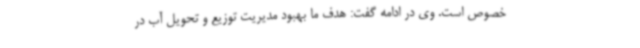
خصوص است. وی در ادامه گفت: هدف ما بهبود مدیریت توزیع و تحویل آب در